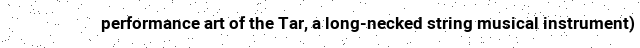
performance art of the Tar, a long-necked string musical instrument)